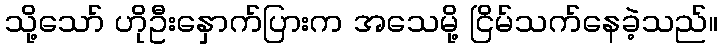
သို့သော် ဟိုဦးနှောက်ပြားက အသေမို့ ငြိမ်သက်နေခဲ့သည်။